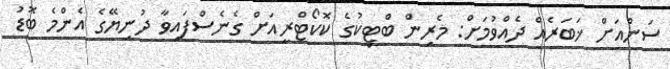
ސަންއަށް ޚަބަރެއް ދެއްވުމަށް: މެރިން ބްޓިކުގެ ކޮކޯޓްރީއަށް ގެނެސްފައިވާ ދުނިޔޭގެ އެންމެ ބޮޑު